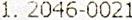
1. 2046-0021